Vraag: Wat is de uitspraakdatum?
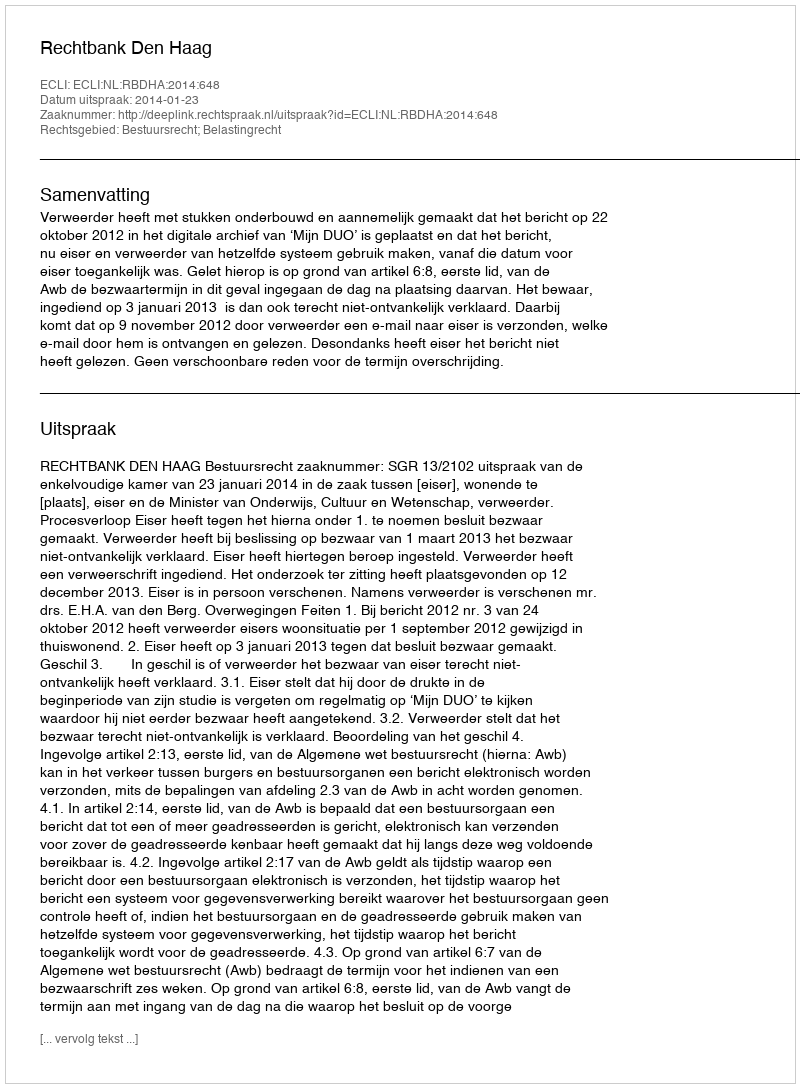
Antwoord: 2014-01-23